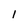
Character: l